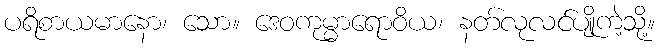
ပရိစာယမာနော၊ သော။ ဒေဝကုမ္မာရောဝိယ၊ နတ်လုလင်ပျိုကဲ့သို့။